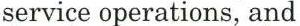
service operations, and